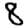
Digit: 8